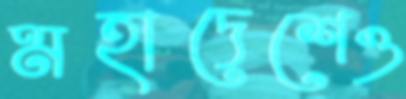
মহাদেশেও